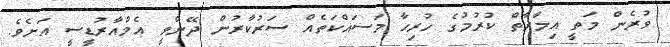
ވުރެން މަތީ އިމާރާތް ކުރުމުގެ ހުރިހާ މަސައްކަތެއް ސަރުކާރުން ދޭންވީ އެމްއާރުޑީސީ އަށެވެ.